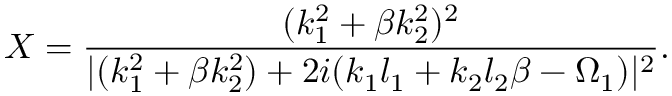
X = \frac { ( k _ { 1 } ^ { 2 } + \beta k _ { 2 } ^ { 2 } ) ^ { 2 } } { \lvert ( k _ { 1 } ^ { 2 } + \beta k _ { 2 } ^ { 2 } ) + 2 i ( k _ { 1 } l _ { 1 } + k _ { 2 } l _ { 2 } \beta - \Omega _ { 1 } ) \rvert ^ { 2 } } .